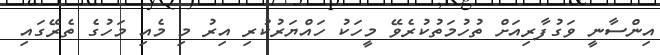
އިންސާނީ ވަގުފާރިއަށް ތުހުމަތުކުރެވޭ މީހަކު ހައްޔަރުކުރި އިރު މި މެއި މަހުގެ ތެރޭގައި